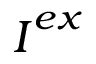
\boldsymbol { I } ^ { e x }